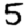
Digit: 5